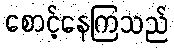
စောင့်နေကြသည်